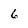
Character: 6